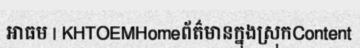
អាធម | KHTOEMHomeព័ត៌មានក្នុងស្រុកContent